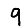
Digit: 9